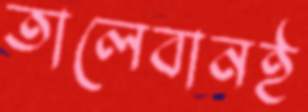
তালেবানই